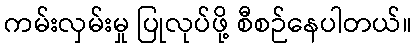
ကမ်းလှမ်းမှု ပြုလုပ်ဖို့ စီစဉ်နေပါတယ်။